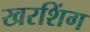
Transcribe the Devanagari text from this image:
खरशिंग